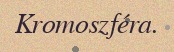
Kromoszféra.